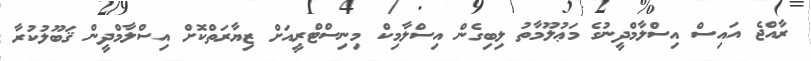
ރާއްޖެ އައިސް އިސްލާމްދީނުގެ މަޢުލޫމާތު ލިބިގެން އިސްލާމިކް މިނިސްޓްރީއަށް ޒިޔާރަތްކޮށް އިސްލާމްދީން ޤަބޫލުކުރާ